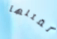
لقتلها